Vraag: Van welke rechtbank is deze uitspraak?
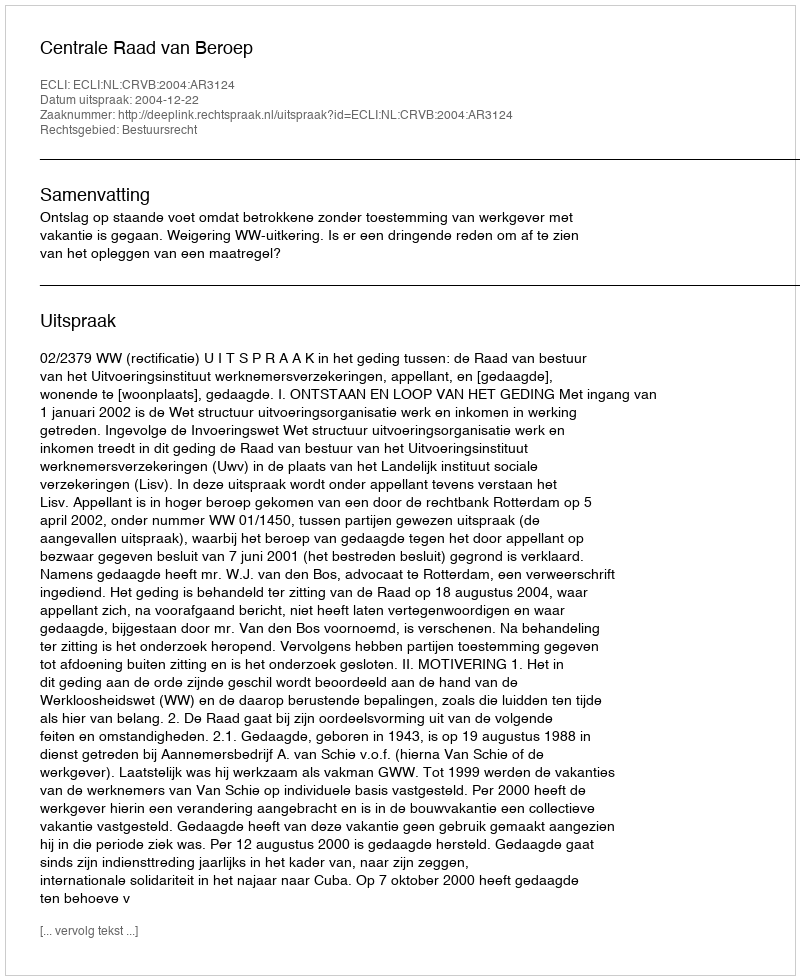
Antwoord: Centrale Raad van Beroep